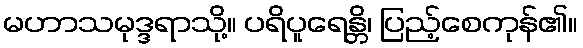
မဟာသမုဒ္ဒရာသို့။ ပရိပူရေန္တိ၊ ပြည့်စေကုန်၏။